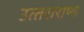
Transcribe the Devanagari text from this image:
उत्‍तराराण्‍ड